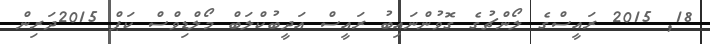
18